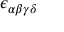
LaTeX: \epsilon _ { \alpha \beta \gamma \delta }